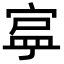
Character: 𭔄